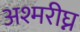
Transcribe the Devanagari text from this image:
अश्मरीघ्न